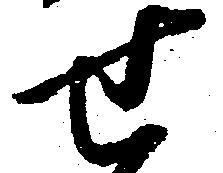
せ